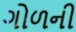
ગોળની